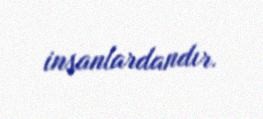
insanlardandır.